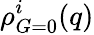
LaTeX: \rho_{G=0}^{i}(q)